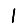
Digit: 1